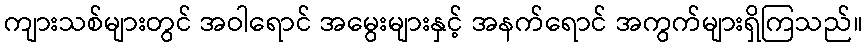
ကျားသစ်များတွင် အဝါရောင် အမွေးများနှင့် အနက်ရောင် အကွက်များရှိကြသည်။